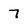
Character: 7